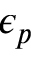
\epsilon _ { p }